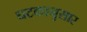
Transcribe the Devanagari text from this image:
घटकानुसार